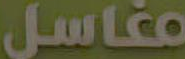
مغاسل